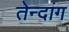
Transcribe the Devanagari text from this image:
तेन्दांग